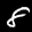
Label: 8